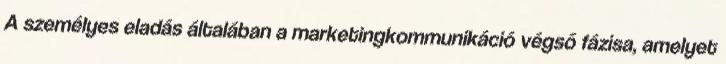
A személyes eladás általában a marketingkommunikáció végső fázisa, amelyet